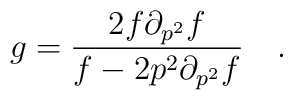
g = \frac{2 f \partial_{p^2} f}{f-2 p^2 \partial_{p^2}f} \quad.